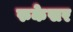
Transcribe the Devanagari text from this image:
रुकेसर